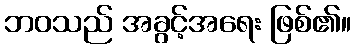
ဘဝသည် အခွင့်အရေး ဖြစ်၏။